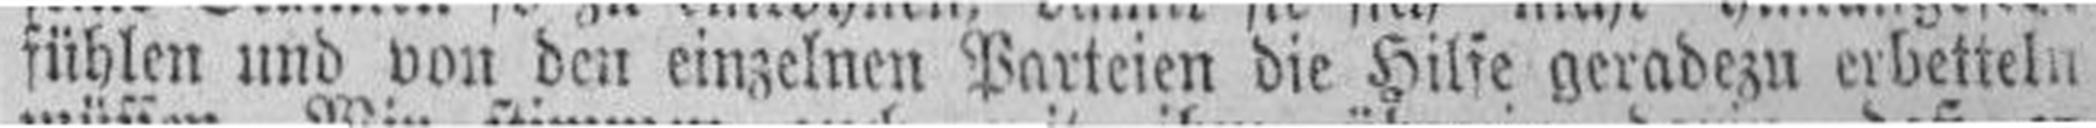
fühlen und von den einzelnen Parteien die Hilfe geradezu erbetteln